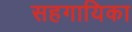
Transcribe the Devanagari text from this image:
सहगायिका